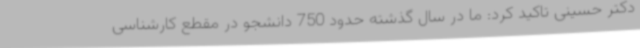
دکتر حسینی تاکید کرد: ما در سال گذشته حدود 750 دانشجو در مقطع کارشناسی